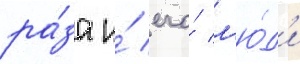
ра́за и́ его́ л'ю́д'и